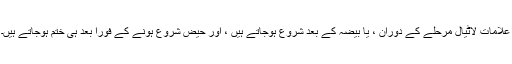
علامات لاٹیال مرحلے کے دوران ، یا بیضہ کے بعد شروع ہوجاتے ہیں ، اور حیض شروع ہونے کے فورا بعد ہی ختم ہوجاتے ہیں۔